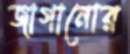
জাগানোর